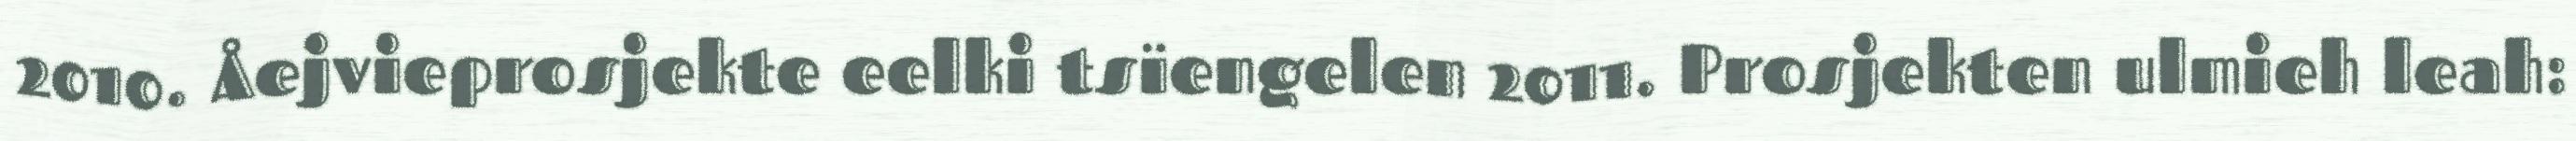
2010. Åejvieprosjekte eelki tsïengelen 2011. Prosjekten ulmieh leah: